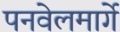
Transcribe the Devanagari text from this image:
पनवेलमार्गे